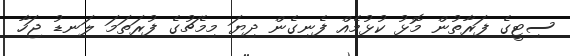
ސިޓީގެ ފަރާތުން މޮޅު ކުޅުމެއް ފެނިގެން ދިޔަ މިމެޗުގެ ފުރަތަމަ ލަނޑު ޖަހާ